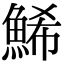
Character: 鯑